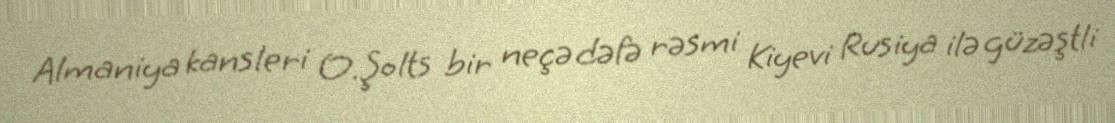
Almaniya kansleri O.Şolts bir neçə dəfə rəsmi Kiyevi Rusiya ilə güzəştli